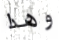
وهذا